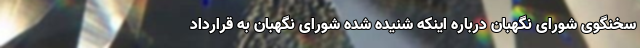
سخنگوی شورای نگهبان درباره اینکه شنیده شده شورای نگهبان به قرارداد